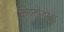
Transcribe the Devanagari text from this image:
कोण्टोडोरा